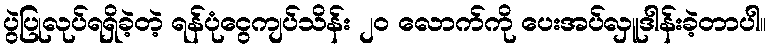
ပွဲပြုလုပ်ရရှိခဲ့တဲ့ ရန်ပုံငွေကျပ်သိန်း ၂၀ လောက်ကို ပေးအပ်လှူဒါန်းခဲ့တာပါ။